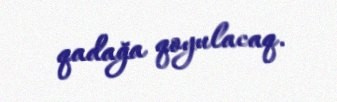
qadağa qoyulacaq.